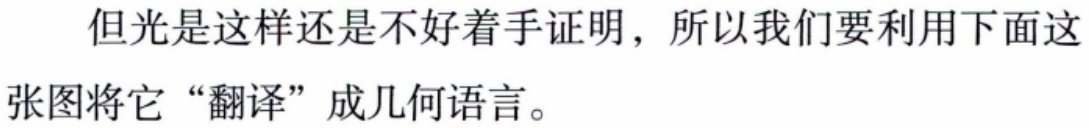
但光是这样还是不好着手证明，所以我们要利用下面这张图将它“翻译”成几何语言。